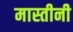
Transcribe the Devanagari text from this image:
मास्तीनी